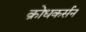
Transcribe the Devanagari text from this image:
क्रोधकर्सन